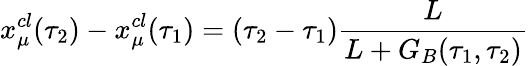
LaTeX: x_{\mu}^{cl}(\tau_{2})-x_{\mu}^{cl}(\tau_{1})=(\tau_{2}-\tau_{1})\frac{L}{L+G_{B}(\tau_{1},\tau_{2})}